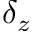
\delta _ { z }